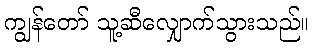
ကျွန်တော် သူ့ဆီလျှောက်သွားသည်။